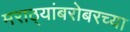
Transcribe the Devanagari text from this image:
मराठ्यांबरोबरच्या